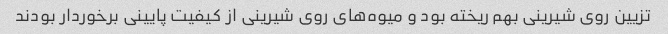
تزیین روی شیرینی بهم ریخته بود و میوه‌های روی شیرینی از کیفیت پایینی برخوردار بودند